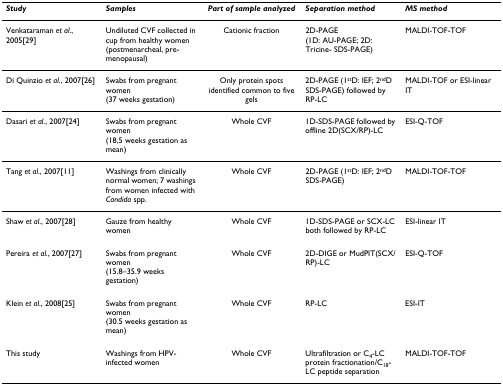
<table><thead><tr><td><b><i>Study</i></b></td><td><b><i>Samples</i></b></td><td><b><i>Part of sample analyzed</i></b></td><td><b><i>Separation method</i></b></td><td><b><i>MS method</i></b></td></tr></thead><tbody><tr><td>Venkataraman <i>et al</i>., 2005[29]</td><td>Undiluted CVF collected in cup from healthy women (postmenarcheal, pre-menopausal)</td><td>Cationic fraction</td><td>2D-PAGE (1D: AU-PAGE; 2D: Tricine- SDS-PAGE)</td><td>MALDI-TOF-TOF</td></tr><tr><td>Di Quinzio <i>et al</i>., 2007[26]</td><td>Swabs from pregnant women (37 weeks gestation)</td><td>Only protein spots identified common to five gels</td><td>2D-PAGE (1<sup>st</sup>D: IEF; 2<sup>nd</sup>D SDS-PAGE) followed by RP-LC</td><td>MALDI-TOF or ESI-linear IT</td></tr><tr><td>Dasari <i>et al</i>., 2007[24]</td><td>Swabs from pregnant women (18,5 weeks gestation as mean)</td><td>Whole CVF</td><td>1D-SDS-PAGE followed by offline 2D(SCX/RP)-LC</td><td>ESI-Q-TOF</td></tr><tr><td>Tang <i>et al</i>., 2007[11]</td><td>Washings from clinically normal women; 7 washings from women infected with <i>Candida </i>spp.</td><td>Whole CVF</td><td>2D-PAGE (1<sup>st</sup>D: IEF; 2<sup>nd</sup>D SDS-PAGE)</td><td>MALDI-TOF-TOF</td></tr><tr><td>Shaw <i>et al</i>., 2007[28]</td><td>Gauze from healthy women</td><td>Whole CVF</td><td>1D-SDS-PAGE or SCX-LC both followed by RP-LC</td><td>ESI-linear IT</td></tr><tr><td>Pereira <i>et al</i>., 2007[27]</td><td>Swabs from pregnant women (15.8–35.9 weeks gestation)</td><td>Whole CVF</td><td>2D-DIGE or MudPIT(SCX/RP)-LC</td><td>ESI-Q-TOF</td></tr><tr><td>Klein <i>et al</i>., 2008[25]</td><td>Swabs from pregnant women (30.5 weeks gestation as mean)</td><td>Whole CVF</td><td>RP-LC</td><td>ESI-IT</td></tr><tr><td>This study</td><td>Washings from HPV-infected women</td><td>Whole CVF</td><td>Ultrafiltration or C<sub>4</sub>-LC protein fractionation/C<sub>18</sub>-LC peptide separation</td><td>MALDI-TOF-TOF</td></tr></tbody></table>